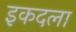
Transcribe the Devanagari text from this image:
इकदला